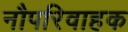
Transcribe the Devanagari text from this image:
नौपरिवाहक